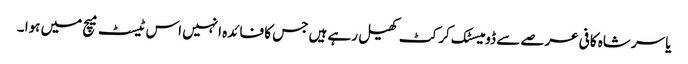
یاسر شاہ کافی عرصے سے ڈومیسٹک کرکٹ کھیل رہے ہیں جس کا فائدہ انہیں اس ٹیسٹ میچ میں ہوا ۔